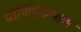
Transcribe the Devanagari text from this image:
पौर्णिमेप्रमाणे